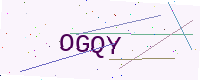
Text: OGQY